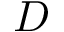
D